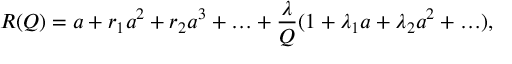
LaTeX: R ( Q ) = a + r _ { 1 } a ^ { 2 } + r _ { 2 } a ^ { 3 } + \ldots + \frac { \lambda } { Q } ( 1 + \lambda _ { 1 } a + \lambda _ { 2 } a ^ { 2 } + \ldots ) ,